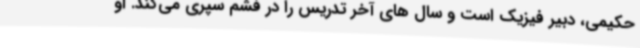
حکیمی، دبیر فیزیک است و سال های آخر تدریس را در فشم سپری می‌کند. او